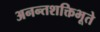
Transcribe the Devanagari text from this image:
अनन्तशक्तिभूते